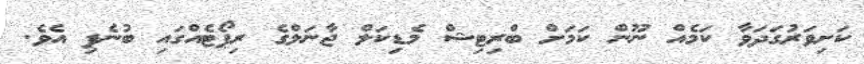
ކަށިވަރުގަދަވާ ކަމެއް ނޫން ކަމަށް ބްރިޓިޝް މެޑިކަލް ޖާނަލްގެ ރިޕޯޓެއްގައި ބުނެފި އެވެ.